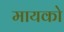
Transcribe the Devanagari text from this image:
मायको